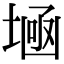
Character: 𡎕